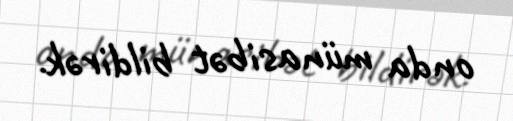
onda münasibət bildirək.